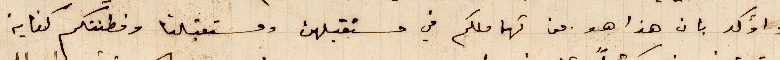
وأؤكد بان هذا هو من تهاملكم في مستقبلهن ومستقبلنا وفطنتكم كافية